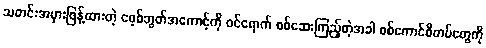
သတင်းအမှားဖြန့်ထားတဲ့ ဖေ့စ်ဘွတ်အကောင့်ကို ဝင်ရောက် စစ်ဆေးကြည့်တဲ့အခါ စစ်ကောင်စီတပ်တွေကို